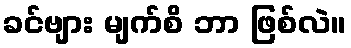
ခင်ဗျား မျက်စိ ဘာ ဖြစ်လဲ။